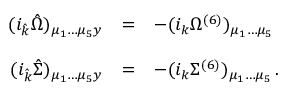
\begin{array} { r c l } { { ( i _ { \hat { k } } { \hat { \Omega } } ) _ { \mu _ { 1 } \dots \mu _ { 5 } y } } } & { { = } } & { { - ( i _ { k } \Omega ^ { ( 6 ) } ) _ { \mu _ { 1 } \dots \mu _ { 5 } } } } \\ { { } } & { { } } & { { } } \\ { { ( i _ { \hat { k } } { \hat { \Sigma } } ) _ { \mu _ { 1 } \dots \mu _ { 5 } y } } } & { { = } } & { { - ( i _ { k } \Sigma ^ { ( 6 ) } ) _ { \mu _ { 1 } \dots \mu _ { 5 } } \, . } } \end{array}